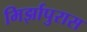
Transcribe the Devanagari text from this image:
मिर्झापुरास